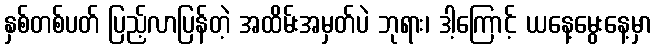
နှစ်တစ်ပတ် ပြည့်လာပြန်တဲ့ အထိမ်းအမှတ်ပဲ ဘုရား၊ ဒါ့ကြောင့် ယနေ့မွေးနေ့မှာ